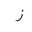
Letter: _zay